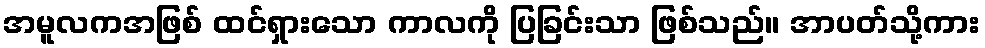
အမူလကအဖြစ် ထင်ရှားသော ကာလကို ပြခြင်းသာ ဖြစ်သည်။ အာပတ်သို့ကား